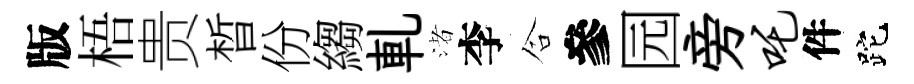
版梧贵晳份縐軋渚李合參园旁吒件跎